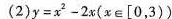
(2)y=x^{2}-2x(xe[0，3))。